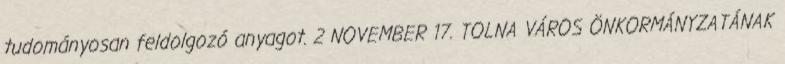
tudományosan feldolgozó anyagot. 2 NOVEMBER 17. TOLNA VÁROS ÖNKORMÁNYZATÁNAK